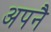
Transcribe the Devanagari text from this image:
अपनै